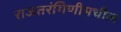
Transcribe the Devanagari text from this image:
राजतरंगिणीमधील